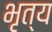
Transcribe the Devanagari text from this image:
भृत्‍य